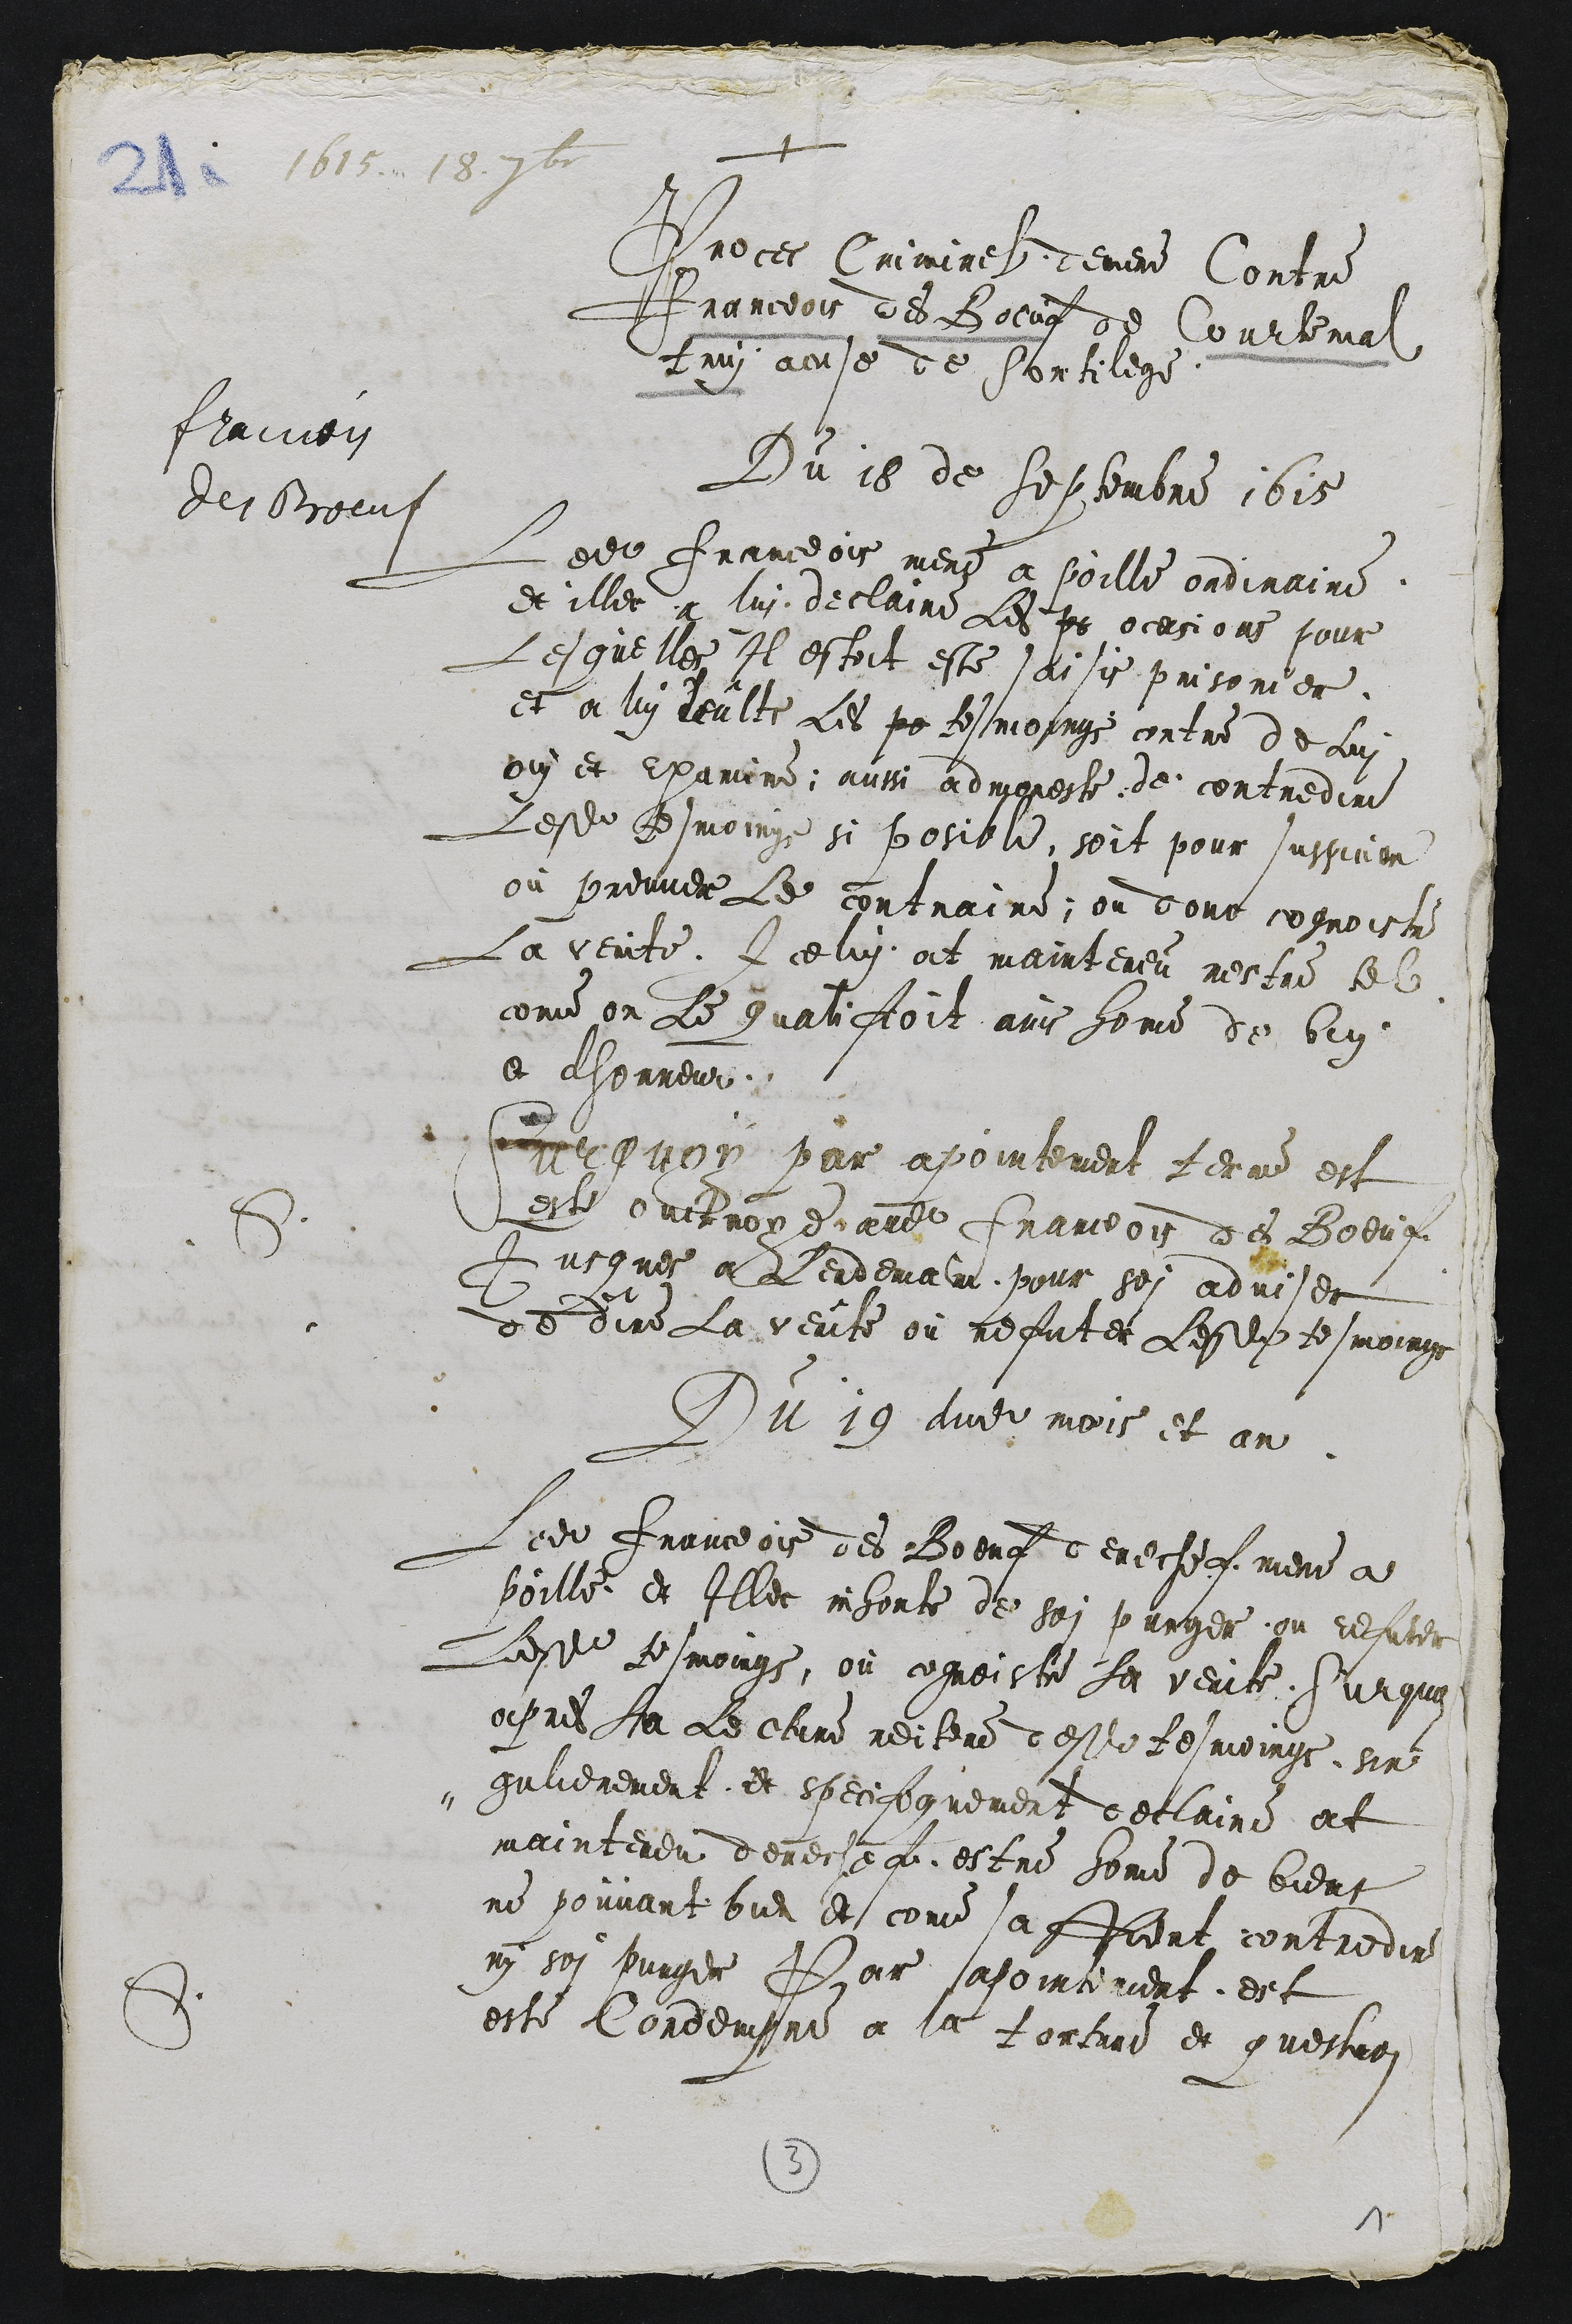
+
1615. 18. 7bre
Francois
des Boeuf
Proces Criminel demene Contre
Franceois des Boeuf de Courtemal¬
truy acuse de Sortilege
Du 18 de Septembre 1615
Ledit Franceois mene a poille ordinaire
et illec a lui declaire les p ocasions pour
Lesquelles Il estoit este saisis prisonier
et a lui leults les pe tesmoings contre de lui
ouy et examine, aussi admoneste de contredire
Lesdits tesmoings si posible, soit pour suspicion
ou preuver le contraine, ou donc cognoistre
La verite, Icelui at mainteneu nestre tel
come on le qualifioit ains home de bin
et dhonneur.
S
Sur quoy par pointement terme est
este ouctroye audit Franceois des Boeuf
Jusques a lendemain pour soi adviser
de dire la verite ou refuter lesdits tesmoings
Du 19 dudit mois et an
Ledit Franceois des Boeuf derechef mene a
poille et Illec exhorte de soi purger, ou refuter
lesdits tesmoings, ou cognoistre la verite. Sur quoi
apres La Lecture reitere desdits tesmoings sin¬
gulierement et specifiquement declaire at
mainteneu derechef estre home de bient
ne pouvant bien et come saffiert contredire
ny soi purger Par apointement est
este condempne a la torture et questant
S